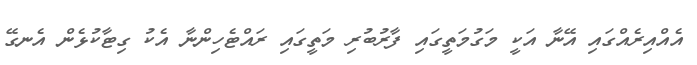
އެއްއިރެއްގައި އޭނާ އަކީ މަގުމަތީގައި ފާރުބުރި މަތީގައި ރައްޓެހިންނާ އެކު ގިޓާކުޅެން އެނގޭ